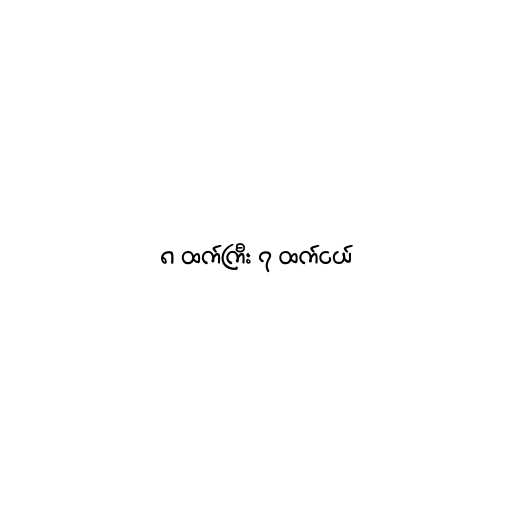
၈ ထက်ကြီး ၇ ထက်ငယ်